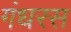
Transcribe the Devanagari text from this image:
गंधरस